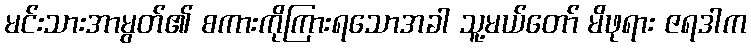
မင်းသားအာမွတ်၏ စကားကိုကြားရသောအခါ သူ့မယ်တော် မိဖုရား ဇရဒါက